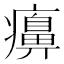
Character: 𤻖